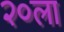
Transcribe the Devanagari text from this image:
२०ला